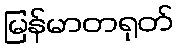
မြန်မာတရုတ်